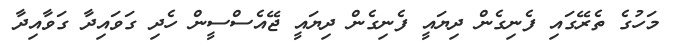
މަހުގެ ތެރޭގައި ފެނިގެން ދިޔައީ ފެނިގެން ދިޔައީ ޖޭއެސްސީން ހެދި ގަވައިދާ ގަވާއިދާ